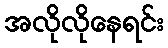
အလိုလိုနေရင်း